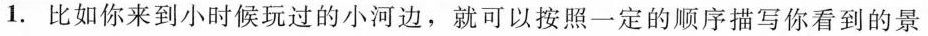
1.比如你来到小时候玩过的小河边，就可以按照一定的顺序描写你看到的景